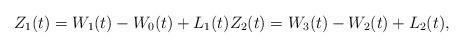
LaTeX: \begin{align*}Z_1(t) = W_1(t) - W_0(t) + L_1(t) Z_2(t) = W_3(t) - W_2(t) + L_2(t),\end{align*}